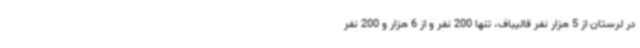
در لرستان از 5 هزار نفر قالیباف، تنها 200 نفر و از 6 هزار و 200 نفر